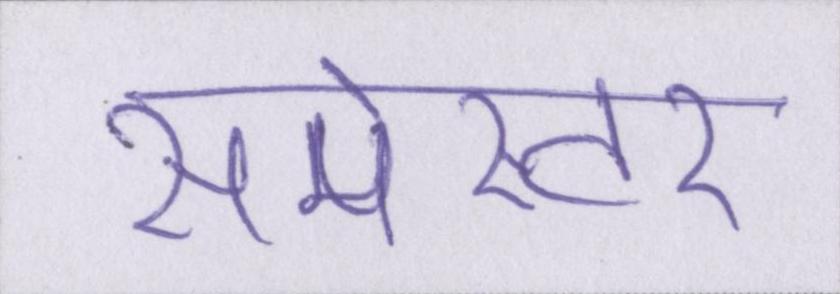
सेमेस्टर